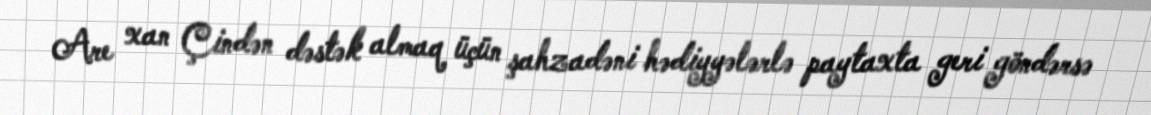
Are xan Çindən dəstək almaq üçün şahzadəni hədiyyələrlə paytaxta geri göndərsə